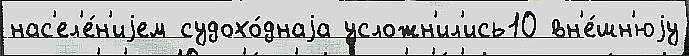
нас'ел'е́н'иjем судохо́днаjа усложн'ил'ись10 вн'е́шн'юjу